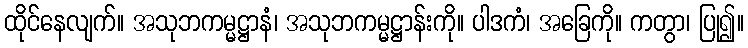
ထိုင်နေလျက်။ အသုဘကမ္မဋ္ဌာနံ၊ အသုဘကမ္မဋ္ဌာန်းကို။ ပါဒကံ၊ အခြေကို။ ကတွာ၊ ပြု၍။